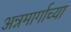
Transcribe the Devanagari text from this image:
अन्नमार्गाच्या